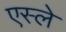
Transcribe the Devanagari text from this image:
एस्ले